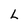
Character: L